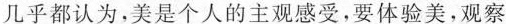
几乎都认为，美是个人的主观感受，要体验美，观察